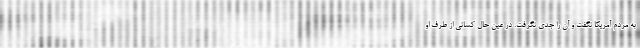
به مردم آمریکا نگفت و آن را جدی نگرفت. در عین حال کسانی از طرف او